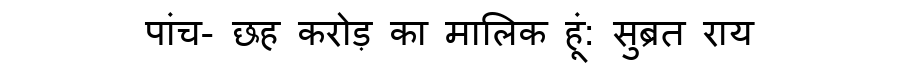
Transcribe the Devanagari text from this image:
पांच- छह करोड़ का मालिक हूं: सुब्रत राय